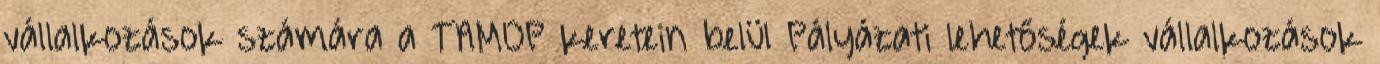
vállalkozások számára a TAMOP keretein belül Pályázati lehetőségek vállalkozások